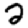
Digit: 2